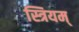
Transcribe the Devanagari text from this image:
स्त्रियम्